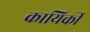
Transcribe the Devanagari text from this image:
कायिर्की